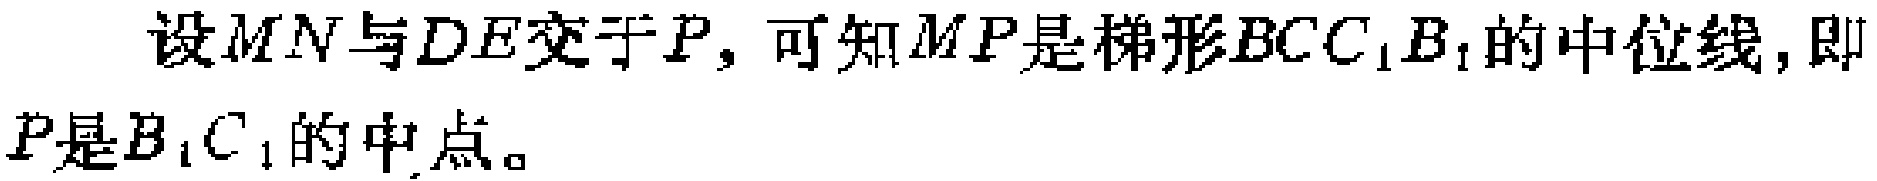
\[\frac{x_{n}}{x_{n + 1}}=-\frac{1}{\frac{x_{n - 1}}{x_{n}}-2}\Leftrightarrow\frac{x_{n}}{x_{n + 1}}=\frac{x_{n}}{2x_{n}-x_{n - 1}}\]

\[\Leftrightarrow x_{n + 1}=2x_{n}-x_{n - 1}\]

\[\Leftrightarrow x_{n + 1}-x_{n}=x_{n}-x_{n - 1}.\]